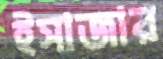
ইসাজার